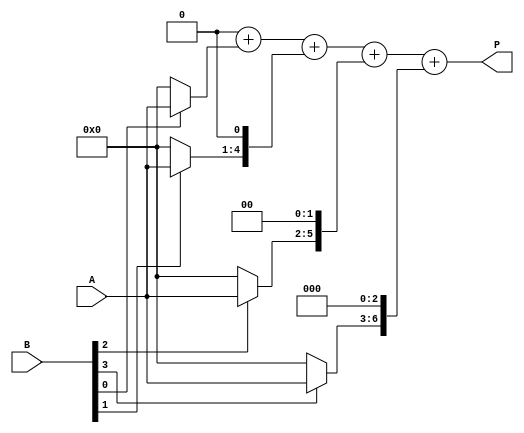
module array_multiplier #(
    parameter m = 4, // Width of A
    parameter n = 4  // Width of B
)(
    input [m-1:0] A, // Multiplicand
    input [n-1:0] B, // Multiplier
    output reg [m+n-1:0] P // Product
);

    // Intermediate signals to hold partial products
    reg [m+n-1:0] partial_products[n-1:0];

    integer i, j;

    // Generate Partial Products
    always @(*) begin
        // Initialize the product to zero
        P = 0;

        // Generate partial products
        for (i = 0; i < n; i = i + 1) begin
            partial_products[i] = (B[i] ? A : 0) << i; // Shift according to position of B's bit
        end

        // Sum all the partial products
        for (j = 0; j < n; j = j + 1) begin
            P = P + partial_products[j];
        end
    end

endmodule